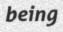
being